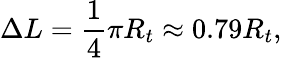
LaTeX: \Delta L=\frac{1}{4}\pi R_{t}\approx 0.79R_{t},